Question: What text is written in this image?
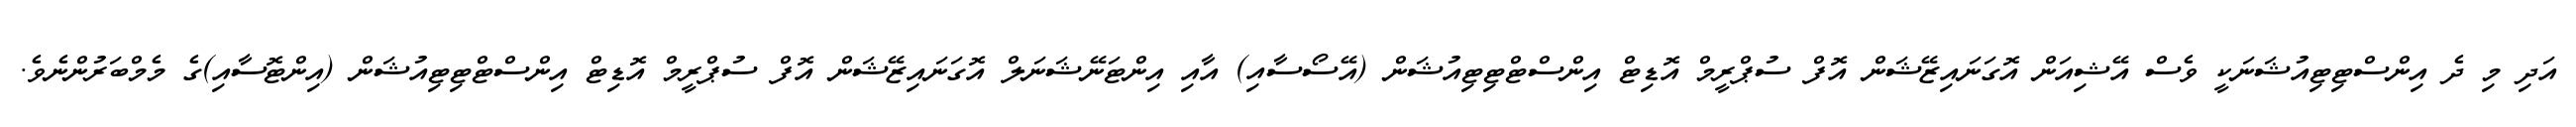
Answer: އަދި މި ދެ އިންސްޓިޓިއުޝަނަކީ ވެސް އޭޝިއަން އޮގަނައިޒޭޝަން އޮފް ސުޕްރީމް އޮޑިޓް އިންސްޓްޓިޓިއުޝަން (އޭސޯސާއި) އާއި އިންޓަނޭޝަނަލް އޮގަނައިޒޭޝަން އޮފް ސުޕްރީމް އޮޑިޓް އިންސްޓްޓިޓިއުޝަން (އިންޓޮސާއި)ގެ މެމްބަރުންނެވެ.